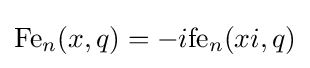
{\text{Fe}}_{n}(x,q)=-i{\text{fe}}_{n}(xi,q)